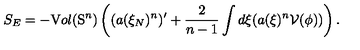
S _ { E } = - { \textnormal V o l } ( \mathrm { S } ^ { n } ) \left( ( a ( \xi _ { N } ) ^ { n } ) ^ { \prime } + \frac { 2 } { n - 1 } \int d \xi ( a ( \xi ) ^ { n } { \cal V } ( \phi ) ) \right) .